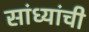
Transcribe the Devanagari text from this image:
सांध्यांची